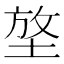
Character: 𡌼